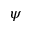
\psi